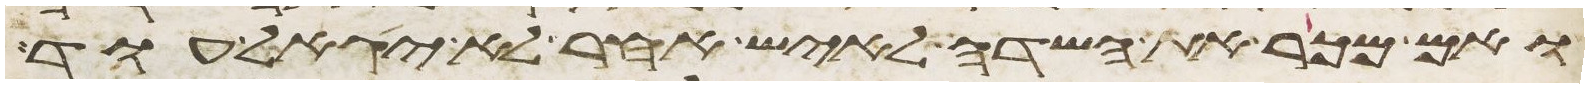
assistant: ואם מכר את השדה לאיש אחר לא יגאל עוד